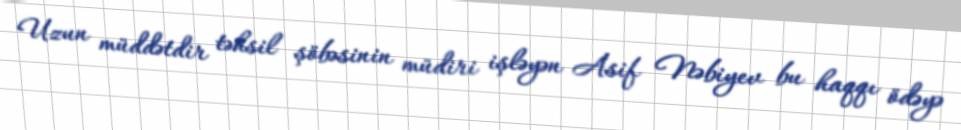
Uzun müddətdir təhsil şöbəsinin müdiri işləyən Asif Nəbiyev bu haqqı ödəyə